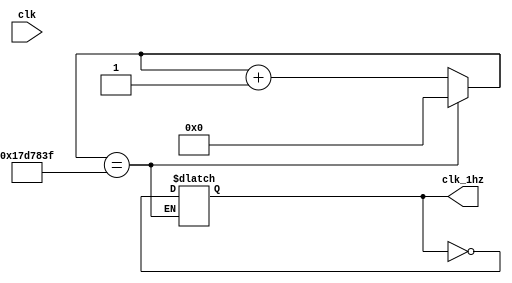
module divi_1hz(clk,clk_1hz);
 input clk;
 output reg clk_1hz;
 reg [39:0]count;
 always@(clk)
 begin
  if(count==40'd24999999)
  begin
   clk_1hz<=~clk_1hz;
   count<=40'd0;
  end
  else
  begin
   count=count+40'd1;
  end
 end
endmodule